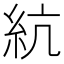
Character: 䋁